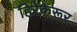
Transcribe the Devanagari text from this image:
हिरेकेरूर